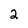
Character: 2